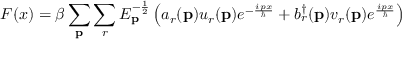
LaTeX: F ( x ) = \beta \sum _ { \mathbf { p } } \sum _ { r } E _ { \mathbf { p } } ^ { - { \frac { 1 } { 2 } } } \left( a _ { r } ( \mathbf { p } ) u _ { r } ( \mathbf { p } ) e ^ { - { \frac { i p x } { \hbar } } } + b _ { r } ^ { \dagger } ( \mathbf { p } ) v _ { r } ( \mathbf { p } ) e ^ { \frac { i p x } { \hbar } } \right)